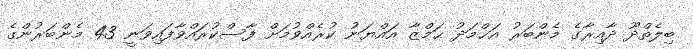
ބިލެތްދޫ ދާއިރާގެ މެންބަރު އަޙްމަދު ޙަމްޒާ އައްޔަނު ކުރެއްވުމަށް ފާސްކުރައްވާފައިވަނީ 43 މެންބަރުންގެ